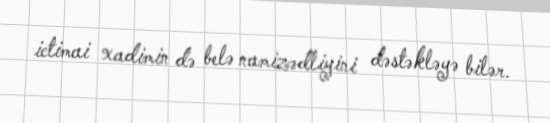
ictimai xadimin də belə namizədliyini dəstəkləyə bilər.